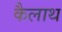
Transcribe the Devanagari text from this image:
कैलाथ